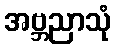
အဗ္ဘညာသုံ